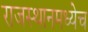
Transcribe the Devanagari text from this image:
राजस्थानमध्येच